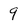
Character: 9